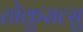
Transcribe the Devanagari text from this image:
तोकुसत्सु